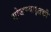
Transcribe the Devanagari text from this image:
मोजण्याइतकी